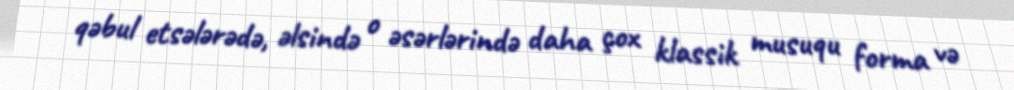
qəbul etsələrədə, əlsində o əsərlərində daha çox klassik musuqu forma və